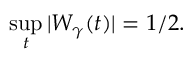
\operatorname* { s u p } _ { t } | W _ { \gamma } ( t ) | = 1 / 2 .